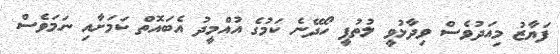
ފަޔާޒު މިއަދުވެސް ވިދާޅުވީ ލުތުފީ ހޯދޭނެ ކަމުގެ އުއްމީދު އެބައޮތް ކަމަށާއި ނަމަވެސް